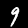
Label: 9